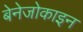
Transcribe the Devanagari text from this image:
बेनेजोकाइन